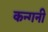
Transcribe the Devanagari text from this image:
कन्गनी